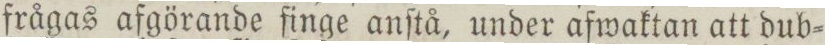
frågas afgörande finge anſtå, under afwaktan att dub=